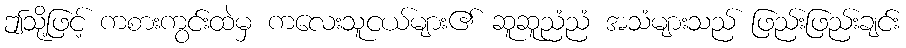
ဤသို့ဖြင့် ကစားကွင်းထဲမှ ကလေးသူငယ်များ၏ ဆူဆူညံညံ အသံများသည် ဖြည်းဖြည်းချင်း